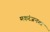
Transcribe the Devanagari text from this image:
मकरंजनगर